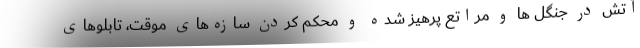
آتش در جنگل ها و مراتع پرهیز شده و محکم کردن سازه‌های موقت، تابلوهای